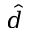
\hat { d }